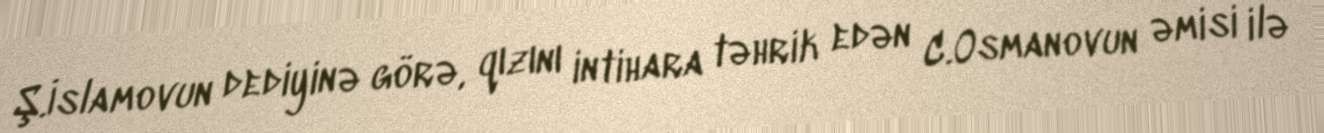
Ş.İslamovun dediyinə görə, qızını intihara təhrik edən C.Osmanovun əmisi ilə